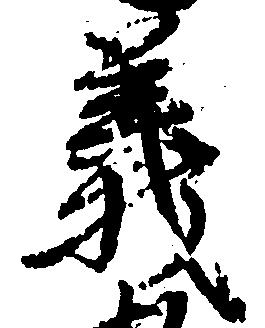
義